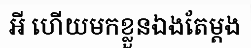
អី ហើយមកខ្លួនឯងតែម្តង